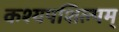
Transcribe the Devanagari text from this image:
कश्यपशिल्पम्